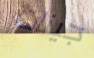
جينات